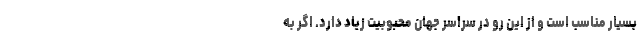
بسیار مناسب است و از این رو در سراسر جهان محبوبیت زیاد دارد. اگر به